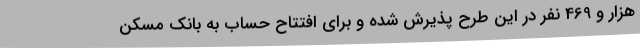
هزار و 469 نفر در این طرح پذیرش شده و برای افتتاح حساب به بانک مسکن